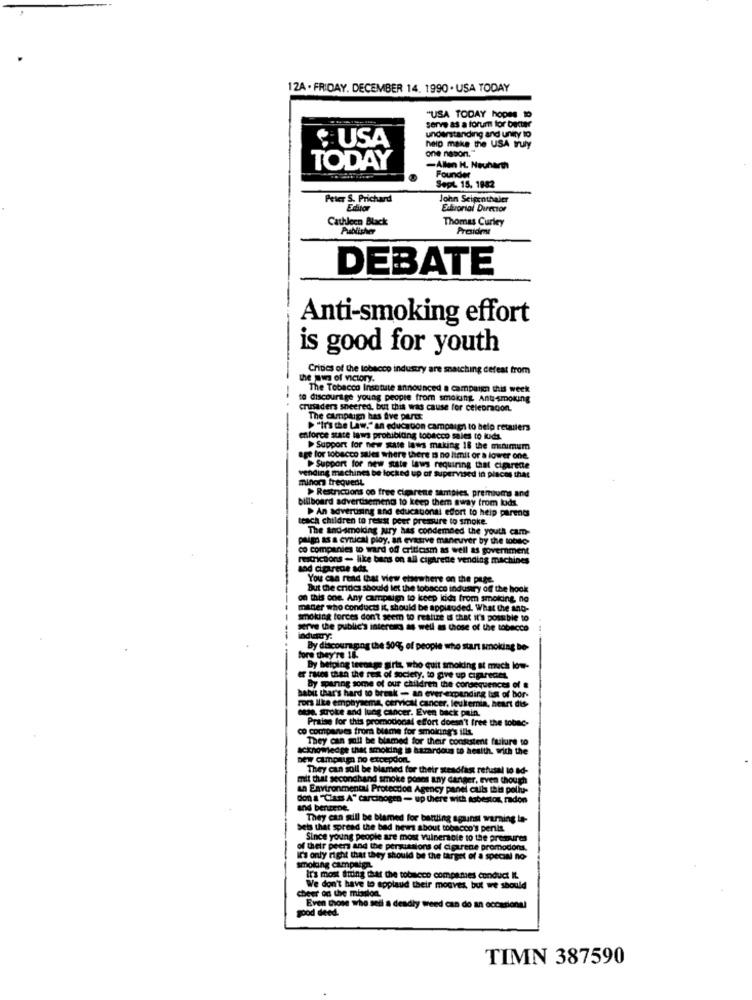
12A . FRIDAY. DECEMBER 14. 1990 . USA TODAY
"USA TODAY hopes to
understanding and unity to
serve as a forum for better
¢ USA
help make the USA truly
one nason."
TODAY
-Allen H. Neuharth
Founder
Sept 15. 1982
Peter S. Prichard
John Seigenthaler
Editor
Extrorial Director
Cathleen Black
Thomas Curley
Publisher
President
DEBATE
Anti-smoking effort
is good for youth
Crities of the tobacco industry are snatching defeat from
the pun of victory.
The Tobacco Insotute announced a campaign this week
e discourage young people from smoking Anti-smoking
crusaders sneered, but this was cause for celebracon.
The campaign has five parts
"Irs the Law." an education campaign to help retailers
enforce state laws probibling tobacco sales to kuds.
Support for new state laws making 18 the minimum
ge for tobacco sules where there is no limit or a lower one.
vending machines be locked up of supervised in places that
Support for new state laws requiring that cigarede
minor frequent
> Restrictions oo free cipirene samples premiums and
billboard advertisement to keep them away from luds.
teach children to resist pour premure to smoke.
> An advertising and educational effort to help parents
The andsmoidng jury has condemned the youth cam-
pago as a cynical ploy, an evasive maneuver by the tobte
co companies to ward of criticsm as well as government
restrictions - like band on all cigarette vending machines
and cigarece ads
You can read that view elsewhere on the page.
But the cridcs should let the tobacco industry of the hook
on this one. Any campaign to keep kids from smoking, no
miner who conducts it, should be applauded. What the and-
smoking forces don't seem to realize is that it's possible to
erve the public's interes as well as those of the tobacco
industry:
By discouraging the 50%% of people who start smoking be-
fore they're 18.
By helping teenage girls, who quit smoking at much low-
er races than the rest of society, to give up cigareces
By sparing some of our children the consequences of a
habit that's hard to break - an ever expanding list of bor-
Fors like empay
Fors ilke emphysema, cervical cancer, leukemia, heart dis-
ose. stroke and lung cancer. Even back pain.
Praise for this promotional effort doesn't free the tobac-
co comparues from blame for smoking's ills.
They can goll be blamed for their consistent future to
acknowledge that smoking is hazardous to health, with the
new campaign no excepdon.
They can soll be blamed for their steadfast refusal to ad-
mit that secondhand smoke poses any danger, even though
an Environmental Protection Agency panel culs this pollu-
don a "Class A" carcinogen - up there with sobestos, radon
and benzene.
They can still be blamed for battling against warning in-
seis that spread the bad news about tobacco's perils
Since young people are most vulnerable to the premures
of their peers and the persussions of cigarene promodons.
it's only right that they should be the target of a special no-
smoking campaign.
Ir's most firing that the tobacco companies conduct IL
beer on the mission.
We don't have to applaud their mouves, but we should
good deed.
Even those who sell a deadly weed can do an occasional
TIMN 387590